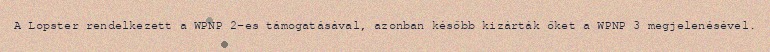
A Lopster rendelkezett a WPNP 2-es támogatásával, azonban később kizárták őket a WPNP 3 megjelenésével.